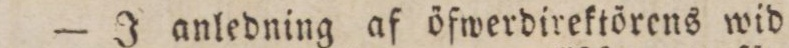
— J anledning af öfwerdirektörens wid